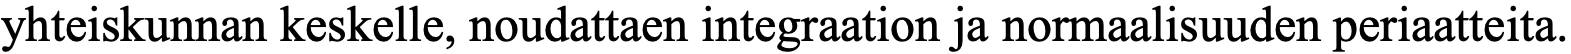
yhteiskunnan keskelle, noudattaen integraation ja normaalisuuden periaatteita.